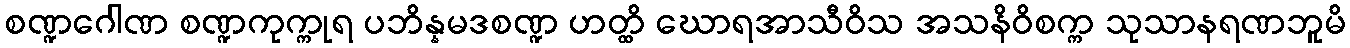
စဏ္ဍဂေါဏ စဏ္ဍကုက္ကုရ ပဘိန္နမဒစဏ္ဍ ဟတ္ထိ ဃောရအာသီဝိသ အသနိဝိစက္က သုသာနရဏဘူမိ